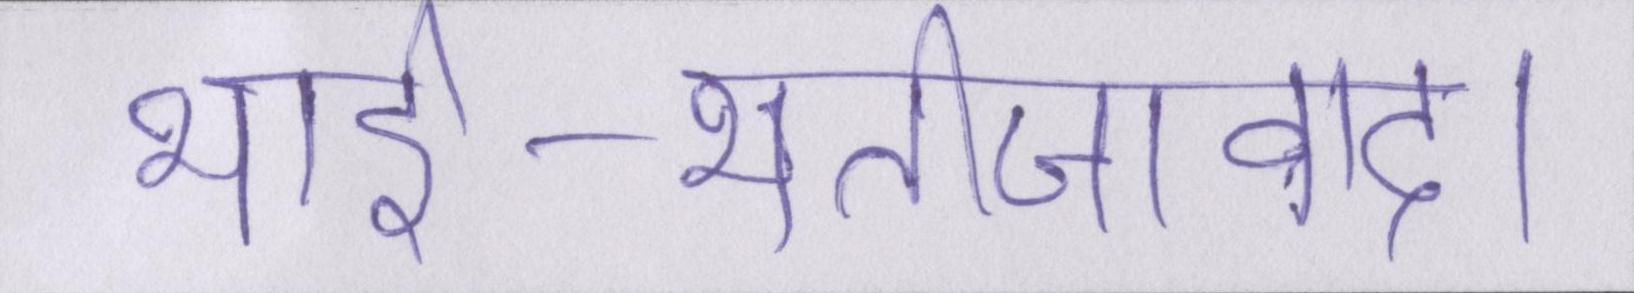
भार्इ-भतीजावाद।